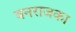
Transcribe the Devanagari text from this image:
वनराजका